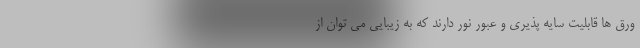
ورق ها قابلیت سایه پذیری و عبور نور دارند که به زیبایی می توان از